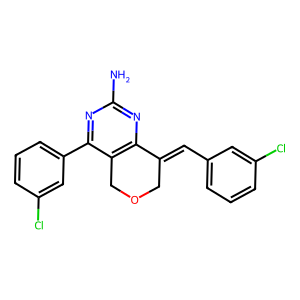
SMILES: Nc1nc2c(c(-c3cccc(Cl)c3)n1)COCC2=Cc1cccc(Cl)c1
Inhibits HIV replication: No